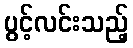
ပွင့်လင်းသည့်